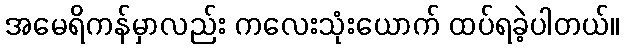
အမေရိကန်မှာလည်း ကလေးသုံးယောက် ထပ်ရခဲ့ပါတယ်။